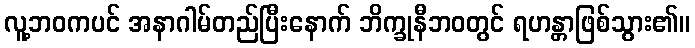
လူ့ဘဝကပင် အနာဂါမ်တည်ပြီးနောက် ဘိက္ခုနီဘဝတွင် ရဟန္တာဖြစ်သွား၏။